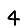
Digit: 4